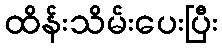
ထိန်းသိမ်းပေးပြီး